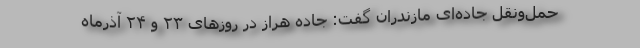
حمل‌ونقل جاده‌ای مازندران گفت: جاده هراز در روزهای ۲۳ و ۲۴ آذرماه